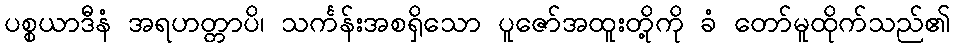
ပစ္စယာဒီနံ အရဟတ္တာပိ၊ သင်္ကန်းအစရှိသော ပူဇော်အထူးတို့ကို ခံ တော်မူထိုက်သည်၏